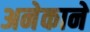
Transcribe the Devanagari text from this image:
अनेकाने